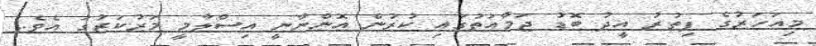
މިއަހަރުގެ ފިތުރު އީދު ބޮޑު ޖަމާއަތުގައި ކުރުން އޮންނާނީ އިސްލާމީ މަރުކަޒުގަ އެވެ.